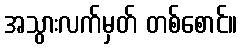
အသွားလက်မှတ် တစ်စောင်။